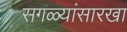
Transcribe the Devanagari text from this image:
सगळ्यांसारखा